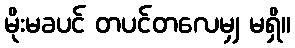
မိုးမခပင် တပင်တလေမျှ မရှိ။